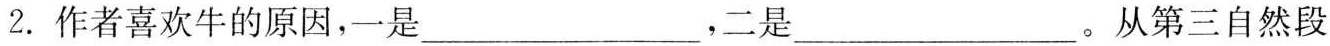
2.作者喜欢牛的原因，一是___，二是___。从第三自然段